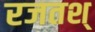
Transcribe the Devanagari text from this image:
रजतश्